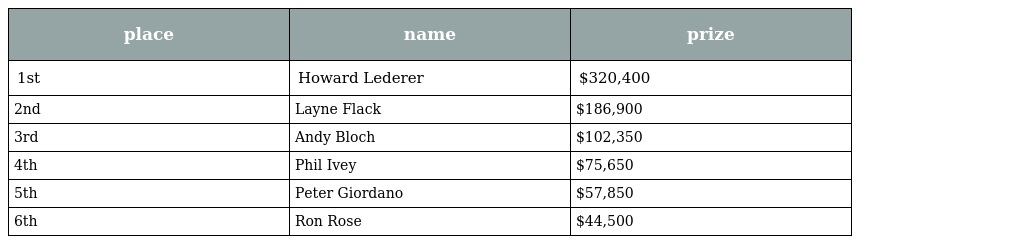
| place | name | prize |
 | --- | --- | --- |
 | 1st | Howard Lederer | $320,400 |
 | 2nd | Layne Flack | $186,900 |
 | 3rd | Andy Bloch | $102,350 |
 | 4th | Phil Ivey | $75,650 |
 | 5th | Peter Giordano | $57,850 |
 | 6th | Ron Rose | $44,500 |